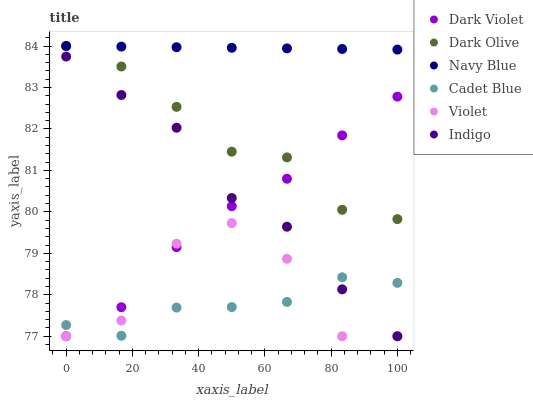
| xaxis_label | Dark Violet | Dark Olive | Navy Blue | Cadet Blue | Violet | Indigo |
 | --- | --- | --- | --- | --- | --- | --- |
 | 0 | 77 | 84 | 84 | 77.3 | 77 | 83.7 |
 | 16.7 | 77.7 | 83.5 | 84 | 77 | 77.4 | 82.8 |
 | 33.3 | 79.1 | 82.5 | 84 | 77.7 | 79.2 | 82 |
 | 50 | 80.1 | 81.5 | 84 | 77.7 | 79.7 | 80.3 |
 | 66.7 | 80.8 | 81.3 | 83.9 | 77.8 | 78.9 | 79.6 |
 | 83.3 | 81.8 | 80.1 | 83.9 | 78.4 | 77 | 78.1 |
 | 100 | 82.8 | 79.8 | 83.9 | 78.3 | 77 | 77 |